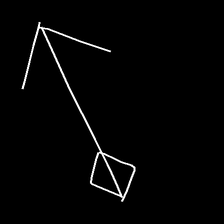
Glyph: focus